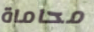
محاماة